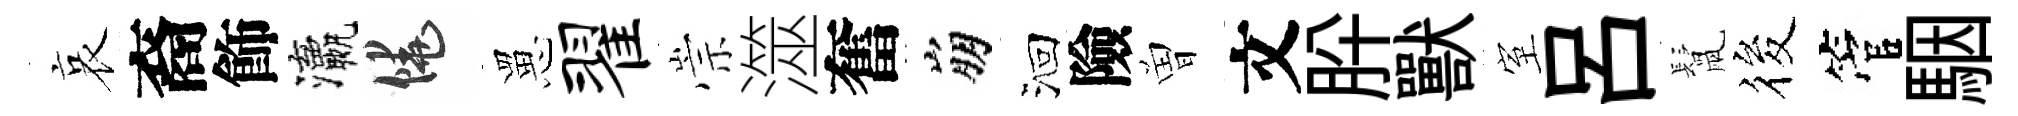
哀裔飾瀛饒罳翟崇澨奮崩洄險曽文肸獸室呂鬛筱管駰